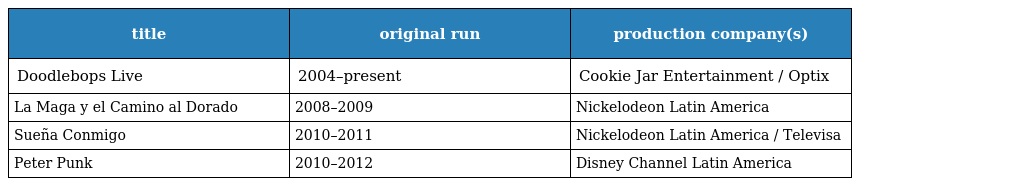
| title | original run | production company(s) |
 | --- | --- | --- |
 | Doodlebops Live | 2004–present | Cookie Jar Entertainment / Optix |
 | La Maga y el Camino al Dorado | 2008–2009 | Nickelodeon Latin America |
 | Sueña Conmigo | 2010–2011 | Nickelodeon Latin America / Televisa |
 | Peter Punk | 2010–2012 | Disney Channel Latin America |